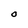
Character: O